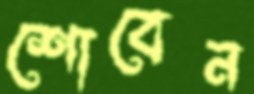
শোবেন